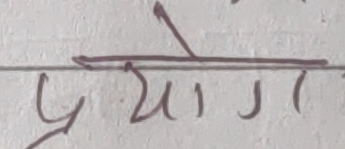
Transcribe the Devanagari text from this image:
प्रयोग